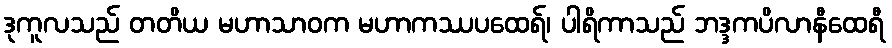
ဒုကူလသည် တတိယ မဟာသာဝက မဟာကဿပထေရ်၊ ပါရိကာသည် ဘဒ္ဒကပိလာနီထေရီ